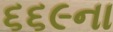
૬૬૯ના